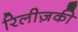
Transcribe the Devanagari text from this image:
रिलीज़की